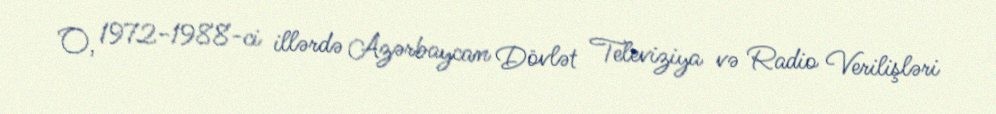
O, 1972-1988-ci illərdə Azərbaycan Dövlət Televiziya və Radio Verilişləri